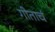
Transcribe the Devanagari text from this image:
गीताचं